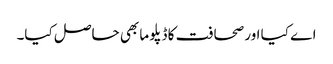
اے کیا اور صحافت کا ڈپلوما بھی حاصل کیا۔